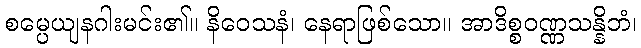
စမ္ပေယျနဂါးမင်း၏။ နိဝေသနံ၊ နေရာဖြစ်သော။ အာဒိစ္စဝဏ္ဏသန္နိဘံ၊